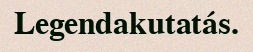
Legendakutatás.